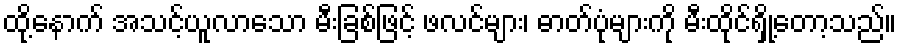
ထို့နောက် အသင့်ယူလာသော မီးခြစ်ဖြင့် ဖလင်များ၊ ဓာတ်ပုံများကို မီးထိုင်ရှို့တော့သည်။